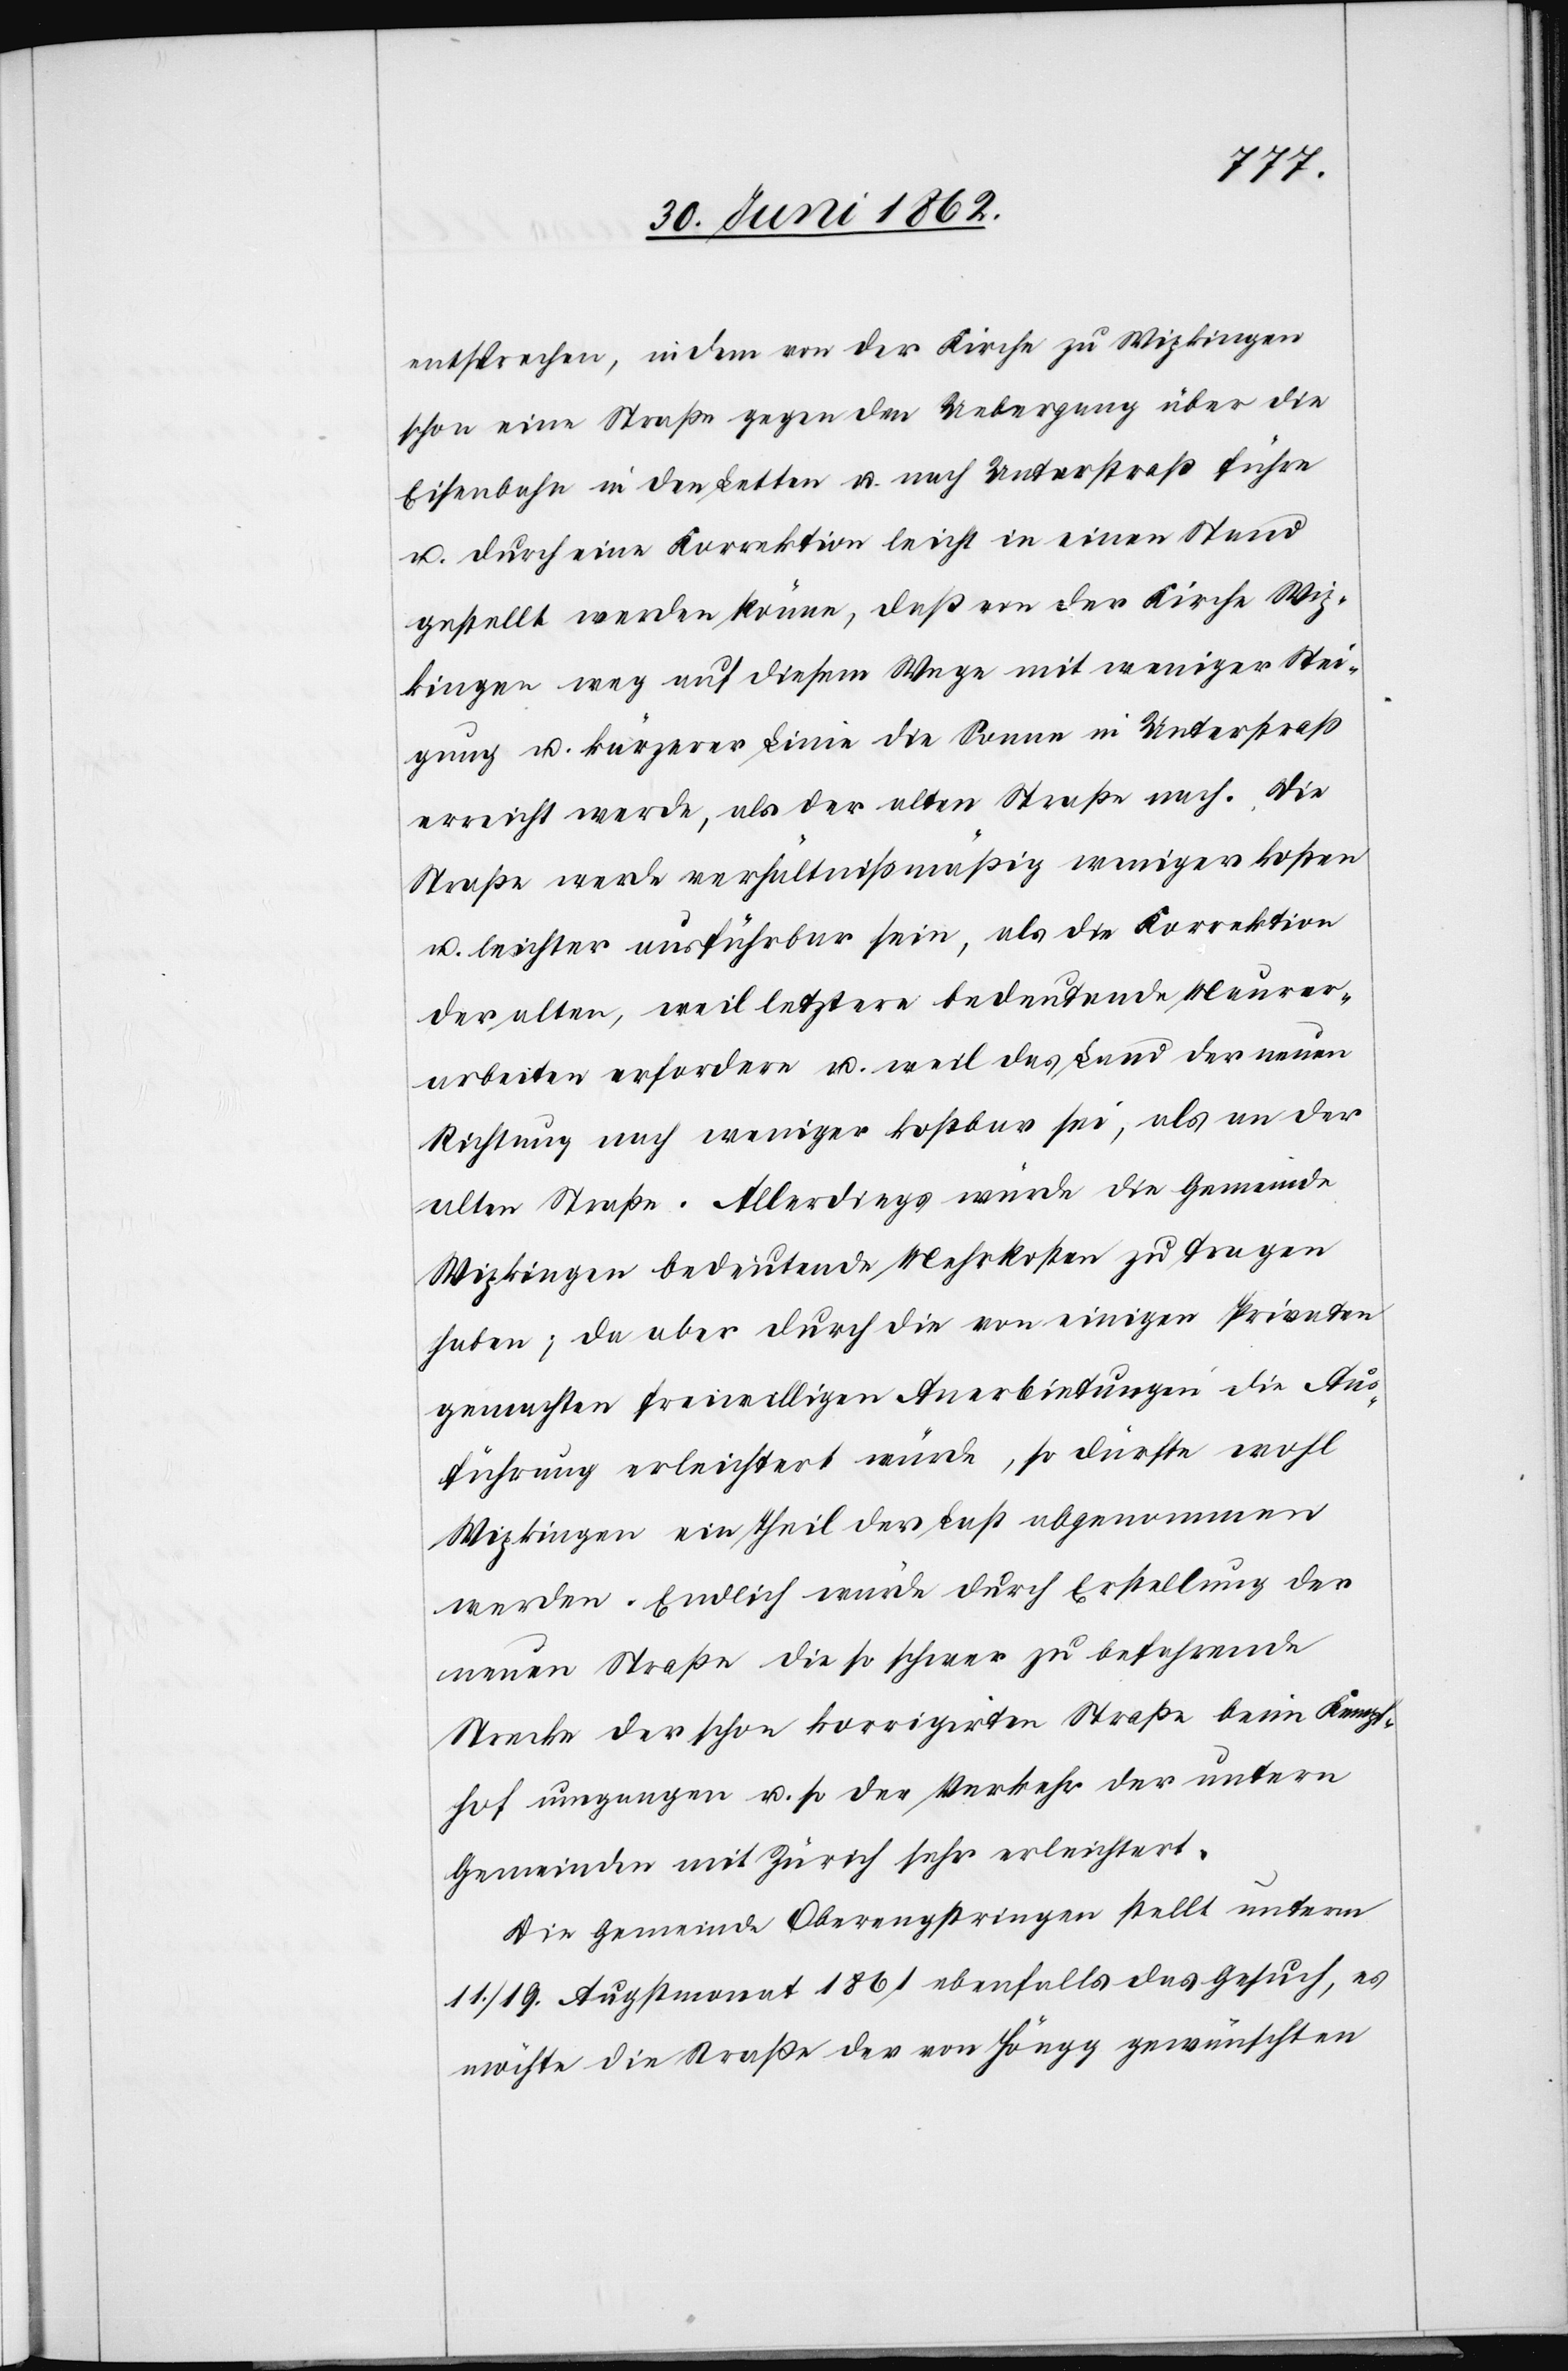
entsprechen, indem von der Kirche zu Wipkingen
schon eine Straße gegen den Uebergang über die
Eisenbahn in den Letten u. nach Unterstraß führe
u. durch eine Korrektion leicht in einen Stand
gestellt werden könne, daß von der Kirche Wip¬
kingen weg auf diesem Wege mit weniger Stei¬
gung u. kürzerer Linie die Sonne in Unterstraß
erreicht werde, als der alten Straße nach. Die
Straße werde verhältnißmäßig weniger kosten
u. leichter ausführbar sein, als die Korrektion
der alten, weil letztere bedeutende Mauerer¬
arbeiten erfordern u. weil das Land der neuen
Richtung nach weniger kostbar sei, als an der
alten Straße. Allerdings würde die Gemeinde
Wipkingen bedeutende Mehrkosten zu tragen
haben; da aber durch die von einigen Privaten
ermachten freiwilligen Anerbietungen die Aus¬
führung erleichtert würde, so dürfte wohl
Wipkingen ein Theil der Last abgenommen
werden. Endlich würde durch Erstellung der
neuen Straße die so schwer zu befahrende
Strecke der schon korrigirten Straße beim K[?em]pt¬
hof umgangen u. so der Verkehr der untern
Gemeinden mit Zürich sehr erleichtert.
Die Gemeinde Oberengstringen stellt unterm
11./19. Augstmonat 1861 ebenfalls das Gesuch, es
möchte die Straße der von Höngg gewünschten